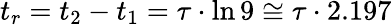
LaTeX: t_{r}=t_{2}-t_{1}=\tau\cdot\ln 9\cong\tau\cdot 2.197